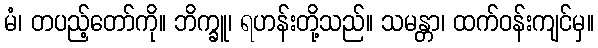
မံ၊ တပည့်တော်ကို။ ဘိက္ခူ၊ ရဟန်းတို့သည်။ သမန္တာ၊ ထက်ဝန်းကျင်မှ။